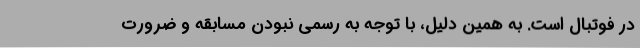
در فوتبال است. به همین دلیل، با توجه به رسمی نبودن مسابقه و ضرورت